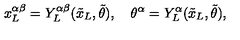
{ x _ { L } ^ { \alpha \beta } } = Y _ { L } ^ { \alpha \beta } ( { \tilde { x } _ { L } } , { \tilde { \theta } } ) , \quad { \theta ^ { \alpha } } = Y _ { L } ^ { \alpha } ( { \tilde { x } _ { L } } , { \tilde { \theta } } ) ,